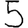
Digit: 5